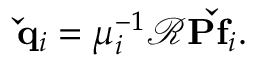
\mathbf { \check { q } } _ { i } = \mu _ { i } ^ { - 1 } \mathbf { \mathcal { R } P \check { f } } _ { i } .